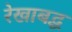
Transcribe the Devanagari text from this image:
रेखाबद्ध